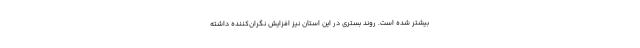
بیشتر شده است. روند بستری در این استان نیز افزایش نگران‌کننده داشته